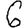
Digit: 6